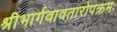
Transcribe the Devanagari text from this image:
श्रीभार्गवावतारोपक्रमः